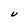
Character: U